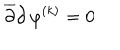
{ \overline { { \partial } } } { \partial } \, \varphi ^ { ( k ) } = 0